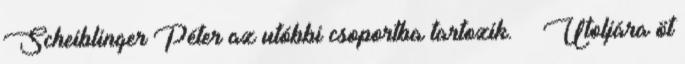
Scheiblinger Péter az utóbbi csoportba tartozik. ·· Utoljára öt